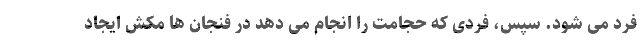
فرد می شود. سپس، فردی که حجامت را انجام می دهد در فنجان ها مکش ایجاد